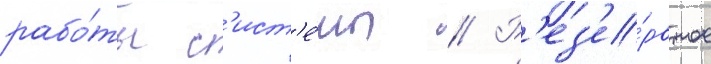
рабо́ты с'ист'е́мы // Р'ез'е́рвное